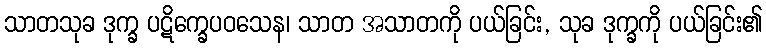
သာတသုခ ဒုက္ခ ပဋိက္ခေပဝသေန၊ သာတ အသာတကို ပယ်ခြင်း, သုခ ဒုက္ခကို ပယ်ခြင်း၏